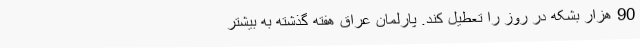
90 هزار بشکه در روز را تعطیل کند. پارلمان عراق هفته گذشته به بیشتر